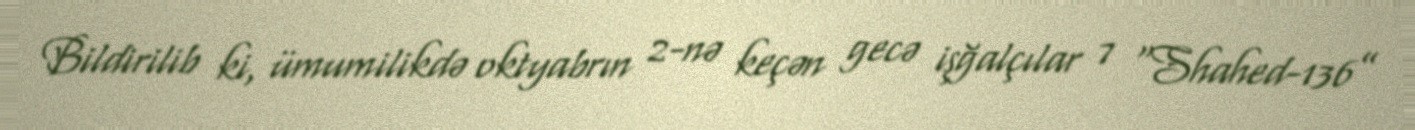
Bildirilib ki, ümumilikdə oktyabrın 2-nə keçən gecə işğalçılar 7 “Shahed-136”